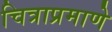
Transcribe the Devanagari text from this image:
चित्राप्रमाणे